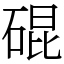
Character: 䃂